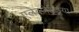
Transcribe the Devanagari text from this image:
एलेक्ज़ेन्ड्रिया